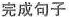
完成句子